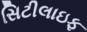
સિટીલાઇફ